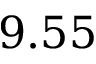
9 . 5 5